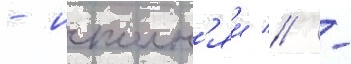
- исполн'яи // -